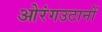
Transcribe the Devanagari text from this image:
ओरंगउटानों